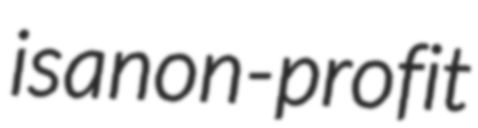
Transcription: is a non-profit